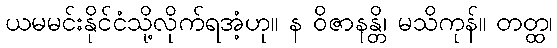
ယမမင်းနိုင်ငံသို့လိုက်ရအံ့ဟု။ န ဝိဇာနန္တိ၊ မသိကုန်။ တတ္ထ၊